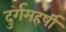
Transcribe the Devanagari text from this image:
दुर्गमहर्षी